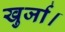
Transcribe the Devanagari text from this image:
खुर्जा।